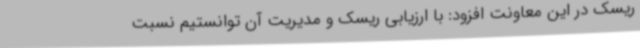
ریسک در این معاونت افزود: با ارزیابی ریسک و مدیریت آن توانستیم نسبت